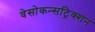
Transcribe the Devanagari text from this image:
वेसोकन्सट्रिक्शन